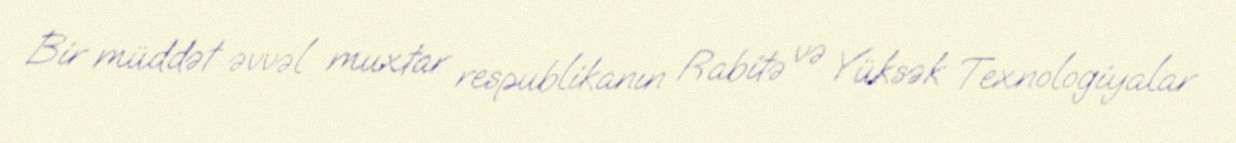
Bir müddət əvvəl muxtar respublikanın Rabitə və Yüksək Texnologiyalar